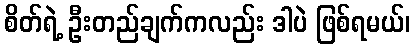
စိတ်ရဲ့ ဦးတည်ချက်ကလည်း ဒါပဲ ဖြစ်ရမယ်၊